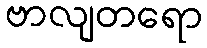
ဗာလျတရော